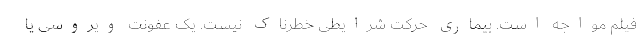
فیلم مواجه است. بیماری حرکت شرایطی خطرناک نیست. یک عفونت ویروسی یا